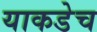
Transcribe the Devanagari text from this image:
याकडेच